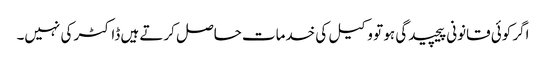
اگر کوئی قانونی پیچیدگی ہو تو وکیل کی خدمات حاصل کرتے ہیں ڈاکٹر کی نہیں۔